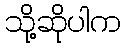
သို့ဆိုပါက